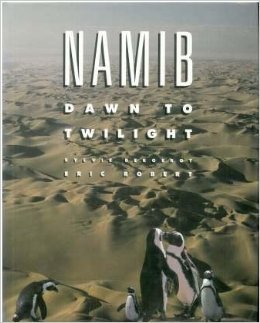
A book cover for Namib: Dawn to Twilight; Sylvie Bergerot; Travel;